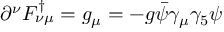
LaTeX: \partial ^ { \nu } F _ { \nu \mu } ^ { \dagger } = g _ { \mu } = - g \bar { \psi } \gamma _ { \mu } \gamma _ { 5 } \psi